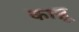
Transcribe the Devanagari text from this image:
काब्रू